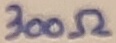
Text: 300Ω